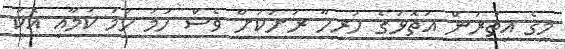
މީގެ އިތުރުން އަތޮޅުގެ ހުރިހާ ރަށަކަށް ވެސް ހަމަ ހަމަ ކަމާއި އެކު